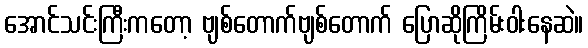
အောင်သင်းကြီးကတော့ ဗျစ်တောက်ဗျစ်တောက် ပြောဆိုကြိမ်းဝါးနေဆဲ။